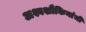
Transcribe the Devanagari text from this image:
अश्वशौकिनांची